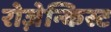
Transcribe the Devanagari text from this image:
रोज़ेन्किस्ट